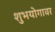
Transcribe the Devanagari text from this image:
शुभयोगावर